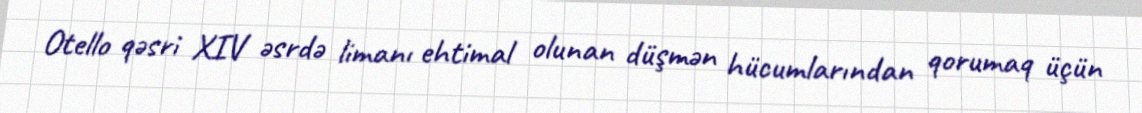
Otello qəsri XIV əsrdə limanı ehtimal olunan düşmən hücumlarından qorumaq üçün